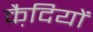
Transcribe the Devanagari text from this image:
कै़दियों